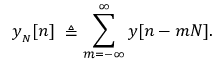
y _ { _ { N } } [ n ] \ \triangleq \sum _ { m = - \infty } ^ { \infty } y [ n - m N ] .